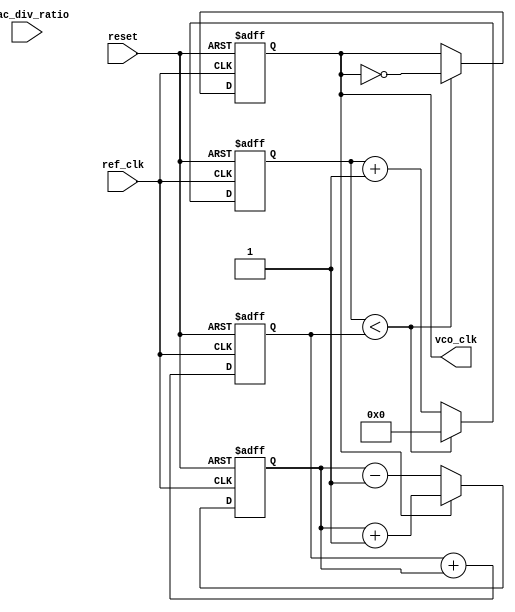
module fractional_PLL (
    input wire ref_clk,              // Reference clock input
    input wire reset,                // Reset signal
    input wire [7:0] frac_div_ratio, // Fractional division ratio (8 bits for simplicity)
    output reg vco_clk               // Output clock from VCO
);

    // Internal signals
    reg [15:0] counter;              // Counter for clock division
    reg [7:0] phase_error;           // Phase error from phase detector
    reg [15:0] control_voltage;       // Control voltage for VCO
    reg [15:0] vco_counter;           // VCO counter for output generation
    reg locked;                      // PLL lock status

    // Phase Detector (PD)
    always @(posedge ref_clk or posedge reset) begin
        if (reset) begin
            phase_error <= 0;
        end else begin
            // Simple phase detection logic
            if (vco_clk) begin
                phase_error <= phase_error + 1; // Increment error if VCO is ahead
            end else begin
                phase_error <= phase_error - 1; // Decrement error if VCO is behind
            end
        end
    end

    // Loop Filter (Simple First Order)
    always @(posedge ref_clk or posedge reset) begin
        if (reset) begin
            control_voltage <= 0;
        end else begin
            control_voltage <= control_voltage + phase_error; // Integrate phase error
        end
    end

    // Voltage-Controlled Oscillator (VCO)
    always @(posedge ref_clk or posedge reset) begin
        if (reset) begin
            vco_counter <= 0;
            vco_clk <= 0;
        end else begin
            // Adjust VCO frequency based on control voltage
            if (vco_counter < control_voltage) begin
                vco_clk <= ~vco_clk; // Toggle VCO clock
                vco_counter <= 0; // Reset counter
            end else begin
                vco_counter <= vco_counter + 1;
            end
        end
    end

    // Fractional Divider
    always @(posedge vco_clk or posedge reset) begin
        if (reset) begin
            counter <= 0;
            locked <= 0;
        end else begin
            if (counter < frac_div_ratio) begin
                counter <= counter + 1;
                locked <= 0; // Not yet locked
            end else begin
                counter <= 0;
                locked <= 1; // PLL is locked
            end
        end
    end

endmodule